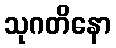
သုဂတိနော